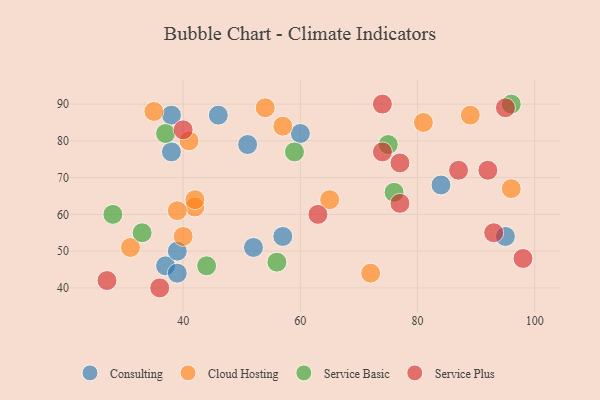
{"axis": {"x": "GDP", "y": "Life Expectancy"}, "legend": ["Cloud Hosting", "Consulting", "Service Basic", "Service Plus"], "data": [{"x": "52", "y": 51, "type": "Consulting"}, {"x": "37", "y": 46, "type": "Consulting"}, {"x": "57", "y": 54, "type": "Consulting"}, {"x": "38", "y": 87, "type": "Consulting"}, {"x": "39", "y": 44, "type": "Consulting"}, {"x": "84", "y": 68, "type": "Consulting"}, {"x": "46", "y": 87, "type": "Consulting"}, {"x": "60", "y": 82, "type": "Consulting"}, {"x": "39", "y": 50, "type": "Consulting"}, {"x": "38", "y": 77, "type": "Consulting"}, {"x": "95", "y": 54, "type": "Consulting"}, {"x": "51", "y": 79, "type": "Consulting"}, {"x": "42", "y": 62, "type": "Cloud Hosting"}, {"x": "42", "y": 64, "type": "Cloud Hosting"}, {"x": "54", "y": 89, "type": "Cloud Hosting"}, {"x": "31", "y": 51, "type": "Cloud Hosting"}, {"x": "40", "y": 54, "type": "Cloud Hosting"}, {"x": "81", "y": 85, "type": "Cloud Hosting"}, {"x": "89", "y": 87, "type": "Cloud Hosting"}, {"x": "57", "y": 84, "type": "Cloud Hosting"}, {"x": "65", "y": 64, "type": "Cloud Hosting"}, {"x": "39", "y": 61, "type": "Cloud Hosting"}, {"x": "72", "y": 44, "type": "Cloud Hosting"}, {"x": "96", "y": 67, "type": "Cloud Hosting"}, {"x": "35", "y": 88, "type": "Cloud Hosting"}, {"x": "41", "y": 80, "type": "Cloud Hosting"}, {"x": "59", "y": 77, "type": "Service Basic"}, {"x": "76", "y": 66, "type": "Service Basic"}, {"x": "37", "y": 82, "type": "Service Basic"}, {"x": "56", "y": 47, "type": "Service Basic"}, {"x": "75", "y": 79, "type": "Service Basic"}, {"x": "96", "y": 90, "type": "Service Basic"}, {"x": "28", "y": 60, "type": "Service Basic"}, {"x": "44", "y": 46, "type": "Service Basic"}, {"x": "33", "y": 55, "type": "Service Basic"}, {"x": "92", "y": 72, "type": "Service Plus"}, {"x": "36", "y": 40, "type": "Service Plus"}, {"x": "87", "y": 72, "type": "Service Plus"}, {"x": "74", "y": 77, "type": "Service Plus"}, {"x": "40", "y": 83, "type": "Service Plus"}, {"x": "93", "y": 55, "type": "Service Plus"}, {"x": "77", "y": 74, "type": "Service Plus"}, {"x": "95", "y": 89, "type": "Service Plus"}, {"x": "77", "y": 63, "type": "Service Plus"}, {"x": "63", "y": 60, "type": "Service Plus"}, {"x": "98", "y": 48, "type": "Service Plus"}, {"x": "74", "y": 90, "type": "Service Plus"}, {"x": "27", "y": 42, "type": "Service Plus"}]}